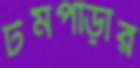
টমপাড়ার